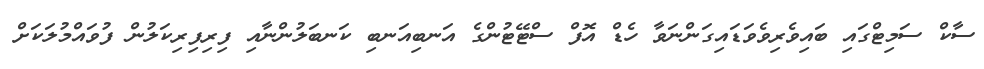
ސާކް ސަމިޓްގައި ބައިވެރިވެވަޑައިގަންނަވާ ހެޑް އޮފް ސްޓޭޓުންގެ އަނބިއަނބި ކަނބަލުންނާއި ފިރިފިރިކަލުން ފުވައްމުލަކަށް